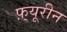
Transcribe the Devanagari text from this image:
फ़्यूरीन